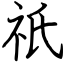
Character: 祇